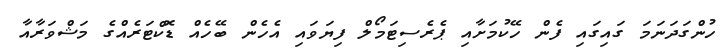
ހުންގަދަނަމަ ގައިގައި ފެން ހޭކުމަށާއި ޕެރެސިޓަމޯލް ފިޔަވައި އެހެން ބޭހެއް ޑޮކްޓަރެއްގެ މަޝްވަރާއާ